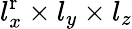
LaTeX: l_{x}^{\mathrm{r}}\times l_{y}\times l_{z}